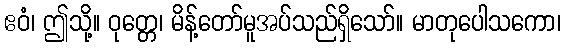
ဧဝံ၊ ဤသို့။ ဝုတ္တေ၊ မိန့်တော်မူအပ်သည်ရှိသော်။ မာတုပေါသကော၊